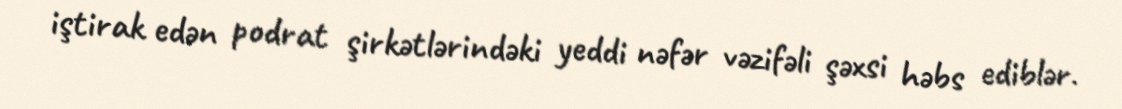
iştirak edən podrat şirkətlərindəki yeddi nəfər vəzifəli şəxsi həbs ediblər.